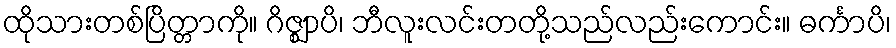
ထိုသားတစ်ပြိတ္တာကို။ ဂိဇ္ဈာပိ၊ ဘီလူးလင်းတတို့သည်လည်းကောင်း။ ဓင်္ကာပိ၊